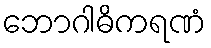
ဘောဂါဓိကရဏံ